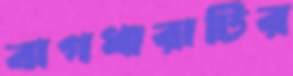
বাগধারাটির